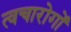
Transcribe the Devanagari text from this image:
त्वचारोगों